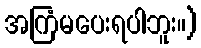
အကြံမပေးရပါဘူး။)